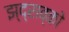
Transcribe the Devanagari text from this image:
झ्द्राव्को